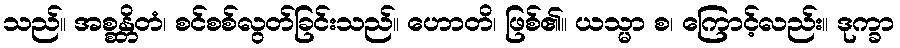
သည်။ အစ္စန္တိတံ၊ စင်စစ်လွတ်ခြင်းသည်။ ဟောတိ၊ ဖြစ်၏။ ယသ္မာ စ၊ ကြောင့်လည်း။ ဒုက္ခာ